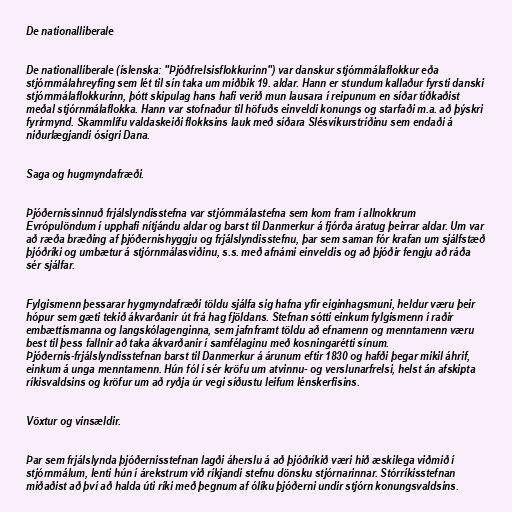
De nationalliberale

De nationalliberale (íslenska: "Þjóðfrelsisflokkurinn") var danskur stjórnmálaflokkur eða
stjórnmálahreyfing sem lét til sín taka um miðbik 19. aldar. Hann er stundum kallaður fyrsti danski
stjórnmálaflokkurinn, þótt skipulag hans hafi verið mun lausara í reipunum en síðar tíðkaðist
meðal stjórnmálaflokka. Hann var stofnaður til höfuðs einveldi konungs og starfaði m.a. að þýskri
fyrirmynd. Skammlífu valdaskeiði flokksins lauk með síðara Slésvíkurstríðinu sem endaði á
niðurlægjandi ósigri Dana.

Saga og hugmyndafræði.

Þjóðernissinnuð frjálslyndisstefna var stjórnmálastefna sem kom fram í allnokkrum
Evrópulöndum í upphafi nítjándu aldar og barst til Danmerkur á fjórða áratug þeirrar aldar. Um var
að ræða bræðing af þjóðernishyggju og frjálslyndisstefnu, þar sem saman fór krafan um sjálfstæð
þjóðríki og umbætur á stjórnmálasviðinu, s.s. með afnámi einveldis og að þjóðir fengju að ráða
sér sjálfar.

Fylgismenn þessarar hygmyndafræði töldu sjálfa sig hafna yfir eiginhagsmuni, heldur væru þeir
hópur sem gæti tekið ákvarðanir út frá hag fjöldans. Stefnan sótti einkum fylgismenn í raðir
embættismanna og langskólagenginna, sem jafnframt töldu að efnamenn og menntamenn væru
best til þess fallnir að taka ákvarðanir í samfélaginu með kosningarétti sínum.
Þjóðernis-frjálslyndisstefnan barst til Danmerkur á árunum eftir 1830 og hafði þegar mikil áhrif,
einkum á unga menntamenn. Hún fól í sér kröfu um atvinnu- og verslunarfrelsi, helst án afskipta
ríkisvaldsins og kröfur um að ryðja úr vegi síðustu leifum lénskerfisins.

Vöxtur og vinsældir.

Þar sem frjálslynda þjóðernisstefnan lagði áherslu á að þjóðríkið væri hið æskilega viðmið í
stjórnmálum, lenti hún í árekstrum við ríkjandi stefnu dönsku stjórnarinnar. Stórríkisstefnan
miðaðist að því að halda úti ríki með þegnum af ólíku þjóðerni undir stjórn konungsvaldsins.